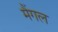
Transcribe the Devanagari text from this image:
मैंगल